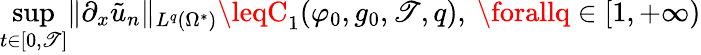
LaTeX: \operatorname*{sup}_{t\in[0,\mathscr{T}]}\lVert\partial_{x}\tilde{{u}}_{n}\rVert_{L^{q}(\Omega^{*})}\leqC_{1}(\varphi_{0},g_{0},\mathscr{T},q),\ \forallq\in[1,+\infty)